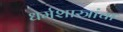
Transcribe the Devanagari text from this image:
धर्मशास्त्रांचा